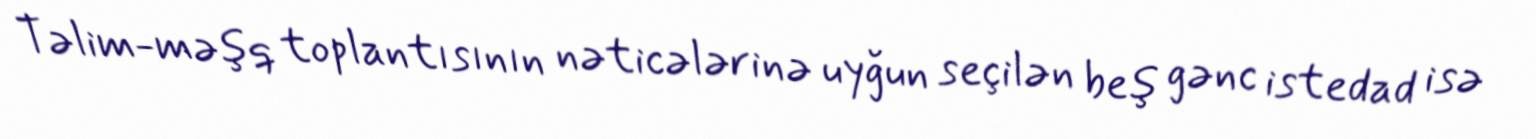
Təlim-məşq toplantısının nəticələrinə uyğun seçilən beş gənc istedad isə